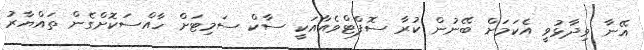
އޭނާ ވިދާޅުވީ އެކަމަށް ބޭނުން ކުރާ ސޮފްޓްވެއާއަކީ ސާކް ސަމިޓަށް ހާއްސަކޮށްގެން ތައްޔާރު